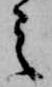
之